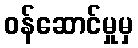
ဝန်ဆောင်မှုမှ